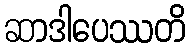
ဆာဒါပေဿတိ